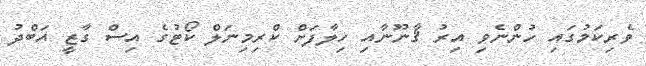
ވެރިކަމުގައި ހުންނެވި އިރު ޤާނޫނާއި ހިލާފަށް ކްރިމިނަލް ކޯޓުގެ އިސް ގާޒީ އަބްދު